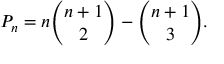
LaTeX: P _ { n } = n { \binom { n + 1 } { 2 } } - { \binom { n + 1 } { 3 } } .